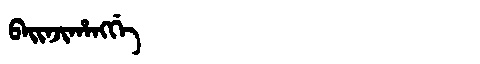
Manchu: ᠪᠠᡳᠨᠵᡳᡥᠠᠩᡤᡝ
Romanization: BAINJIHANGGE